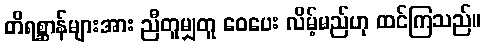
တိရစ္ဆာန်များအား ညီတူမျှတူ ဝေပေး လိမ့်မည်ဟု ထင်ကြသည်။